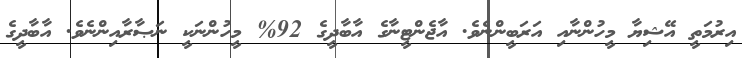
އިރުމަތީ އޭޝިޔާ މީހުންނާއި އަރަބީންނެވެ. އާޖެންޓީނާގެ އާބާދީގެ 92% މީހުންނަކީ ނަޞާރާއިންނެވެ. އާބާދީގެ